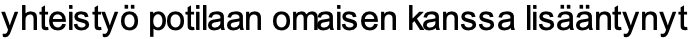
yhteistyö potilaan omaisen kanssa lisääntynyt